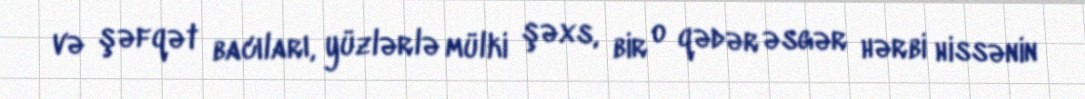
və şəfqət bacıları, yüzlərlə mülki şəxs, bir o qədər əsgər hərbi hissənin